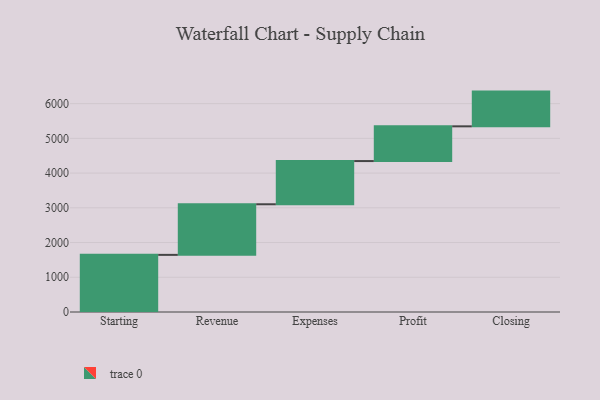
{"axis": {"x": "Step", "y": "Value"}, "legend": [""], "data": [{"x": "Starting", "y": 1645.0, "type": ""}, {"x": "Revenue", "y": 1457.0, "type": ""}, {"x": "Expenses", "y": 1244.0, "type": ""}, {"x": "Profit", "y": 1000, "type": ""}, {"x": "Closing", "y": 1000, "type": ""}]}